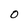
Character: 0